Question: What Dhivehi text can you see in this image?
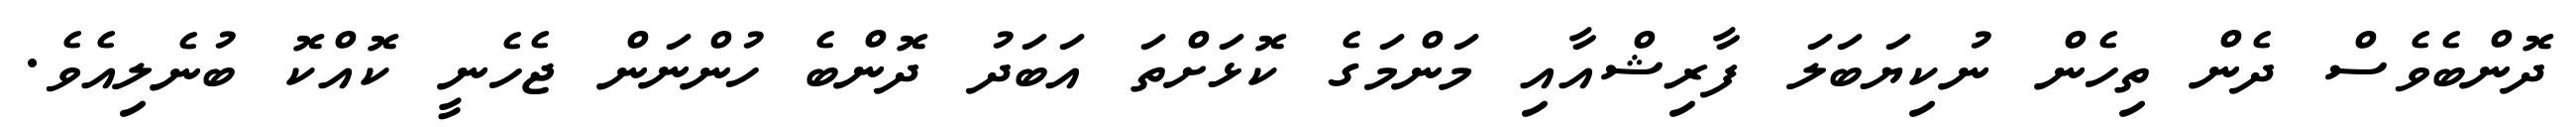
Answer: ދޮންބެވެސް ދެން ތިހެން ނުކިޔަބަލަ ފާރިޝްއާއި މަންމަގެ ކޮޅަށްތަ އަބަދު ދޮންބެ ހުންނަން ޖެހެނީ ކޮއްކޮ ބުނެލިއެވެ.